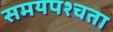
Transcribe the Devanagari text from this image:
समयपश्चता